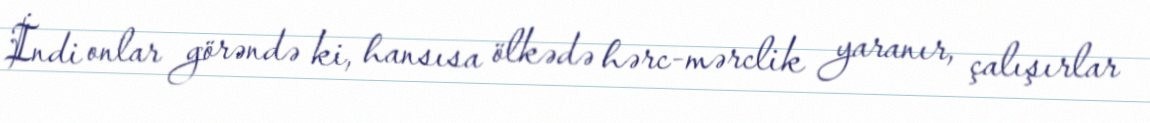
İndi onlar görəndə ki, hansısa ölkədə hərc-mərclik yaranır, çalışırlar